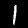
Label: 1